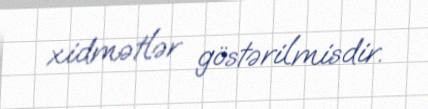
xidmətlər göstərilmisdir.